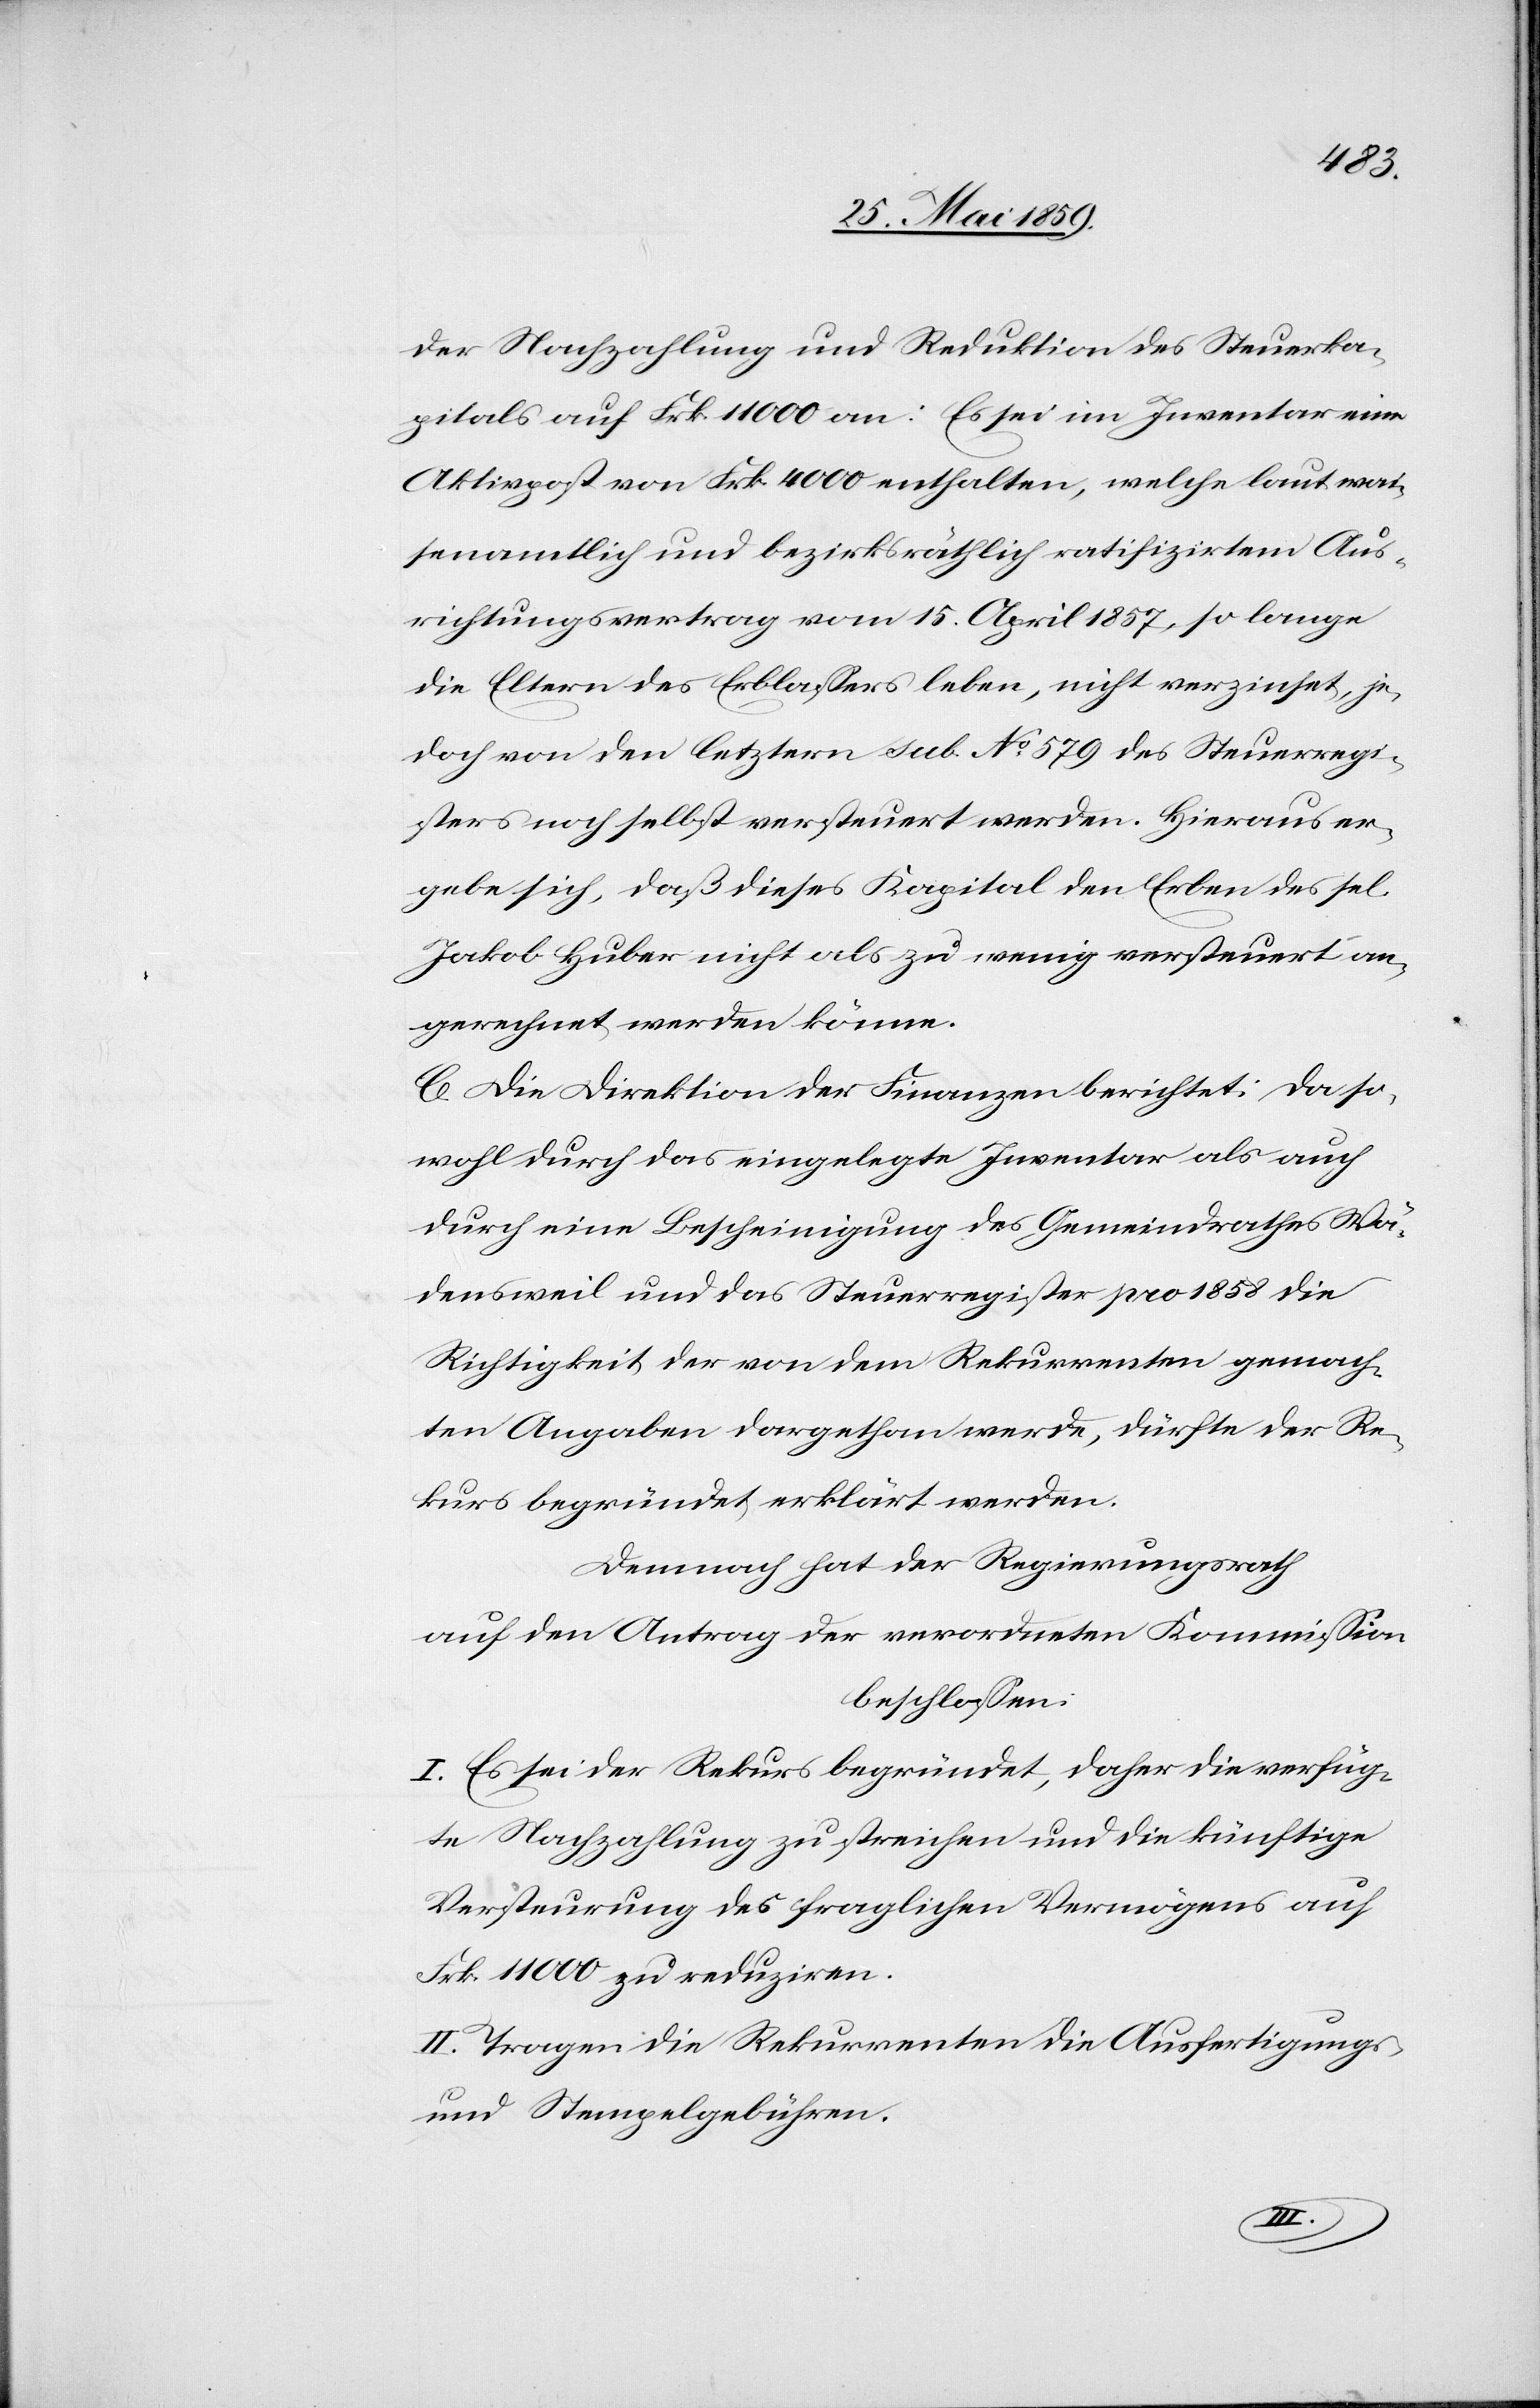
der Nachzahlung und Reduktion des Steuerka¬
pitals auf Frk. 11000 an: Es sei im Inventar eine
Aktivpost von Frk. 4000 enthalten, welche laut wai¬
senamtlich und bezirksräthlich ratifizirten Aus¬
richtungsvertrag vom 15. April 1857, so lange
die Eltern des Erblassers leben, nicht verzinset, je¬
doch von den letzern sub. No. 579 des Steuerregi¬
sters noch selbst versteuert werden. Hieraus er¬
gebe sich, daß dieses Kapital den Erben des sel.
Jakob Huber nicht als zu wenig versteuert an¬
gerechnet werden könne.
C. Die Direktion der Finanzen berichtet: da so¬
wohl durch das eingelegte Inventar als auch
durch eine Bescheinigung des Gemeindrathes Wä¬
densweil und des Steuerregister pro 1858 die
Richtigkeit der von dem Rekurrenten gemach¬
ten Angaben dargethan werde, dürfte der Re¬
kurs begründet erklärt werden.
Demnach hat der Regierungsrath
auf den Antrag der verordneten Kommission
beschlossen:
I. Es sei der Rekurs begründet, daher die verfüg¬
te Nachzahlung zu streichen und die künftige
Versteurung des fraglichen Vermögens auf
Frk. 11000 zu reduziren.
II. Tragen die Rekurrenten die Ausfertigungs-
und Stempelgebühren.